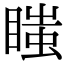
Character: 𥉍